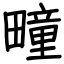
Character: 疃